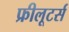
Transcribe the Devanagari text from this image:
फ्रीलूटर्स